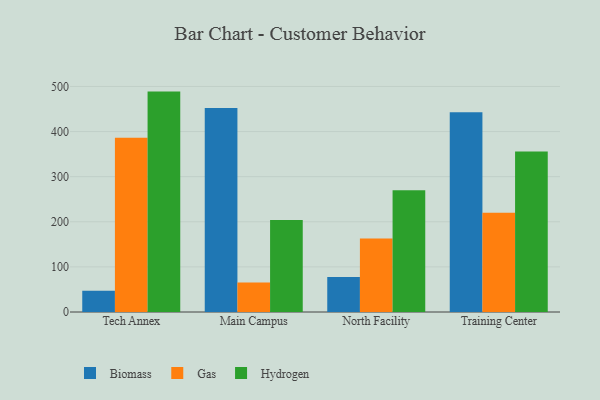
{"axis": {"x": "Campus", "y": "Net Income (USD K)"}, "legend": ["Biomass", "Gas", "Hydrogen"], "data": [{"x": "Tech Annex", "y": 47.1, "type": "Biomass"}, {"x": "Tech Annex", "y": 386.5, "type": "Gas"}, {"x": "Tech Annex", "y": 488.6, "type": "Hydrogen"}, {"x": "Main Campus", "y": 452.3, "type": "Biomass"}, {"x": "Main Campus", "y": 65.3, "type": "Gas"}, {"x": "Main Campus", "y": 203.9, "type": "Hydrogen"}, {"x": "North Facility", "y": 77.4, "type": "Biomass"}, {"x": "North Facility", "y": 163.2, "type": "Gas"}, {"x": "North Facility", "y": 270.0, "type": "Hydrogen"}, {"x": "Training Center", "y": 442.8, "type": "Biomass"}, {"x": "Training Center", "y": 220.3, "type": "Gas"}, {"x": "Training Center", "y": 355.8, "type": "Hydrogen"}]}